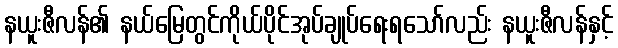
နယူးဇီလန်၏ နယ်မြေတွင်ကိုယ်ပိုင်အုပ်ချုပ်ရေးရသော်လည်း နယူးဇီလန်နှင့်